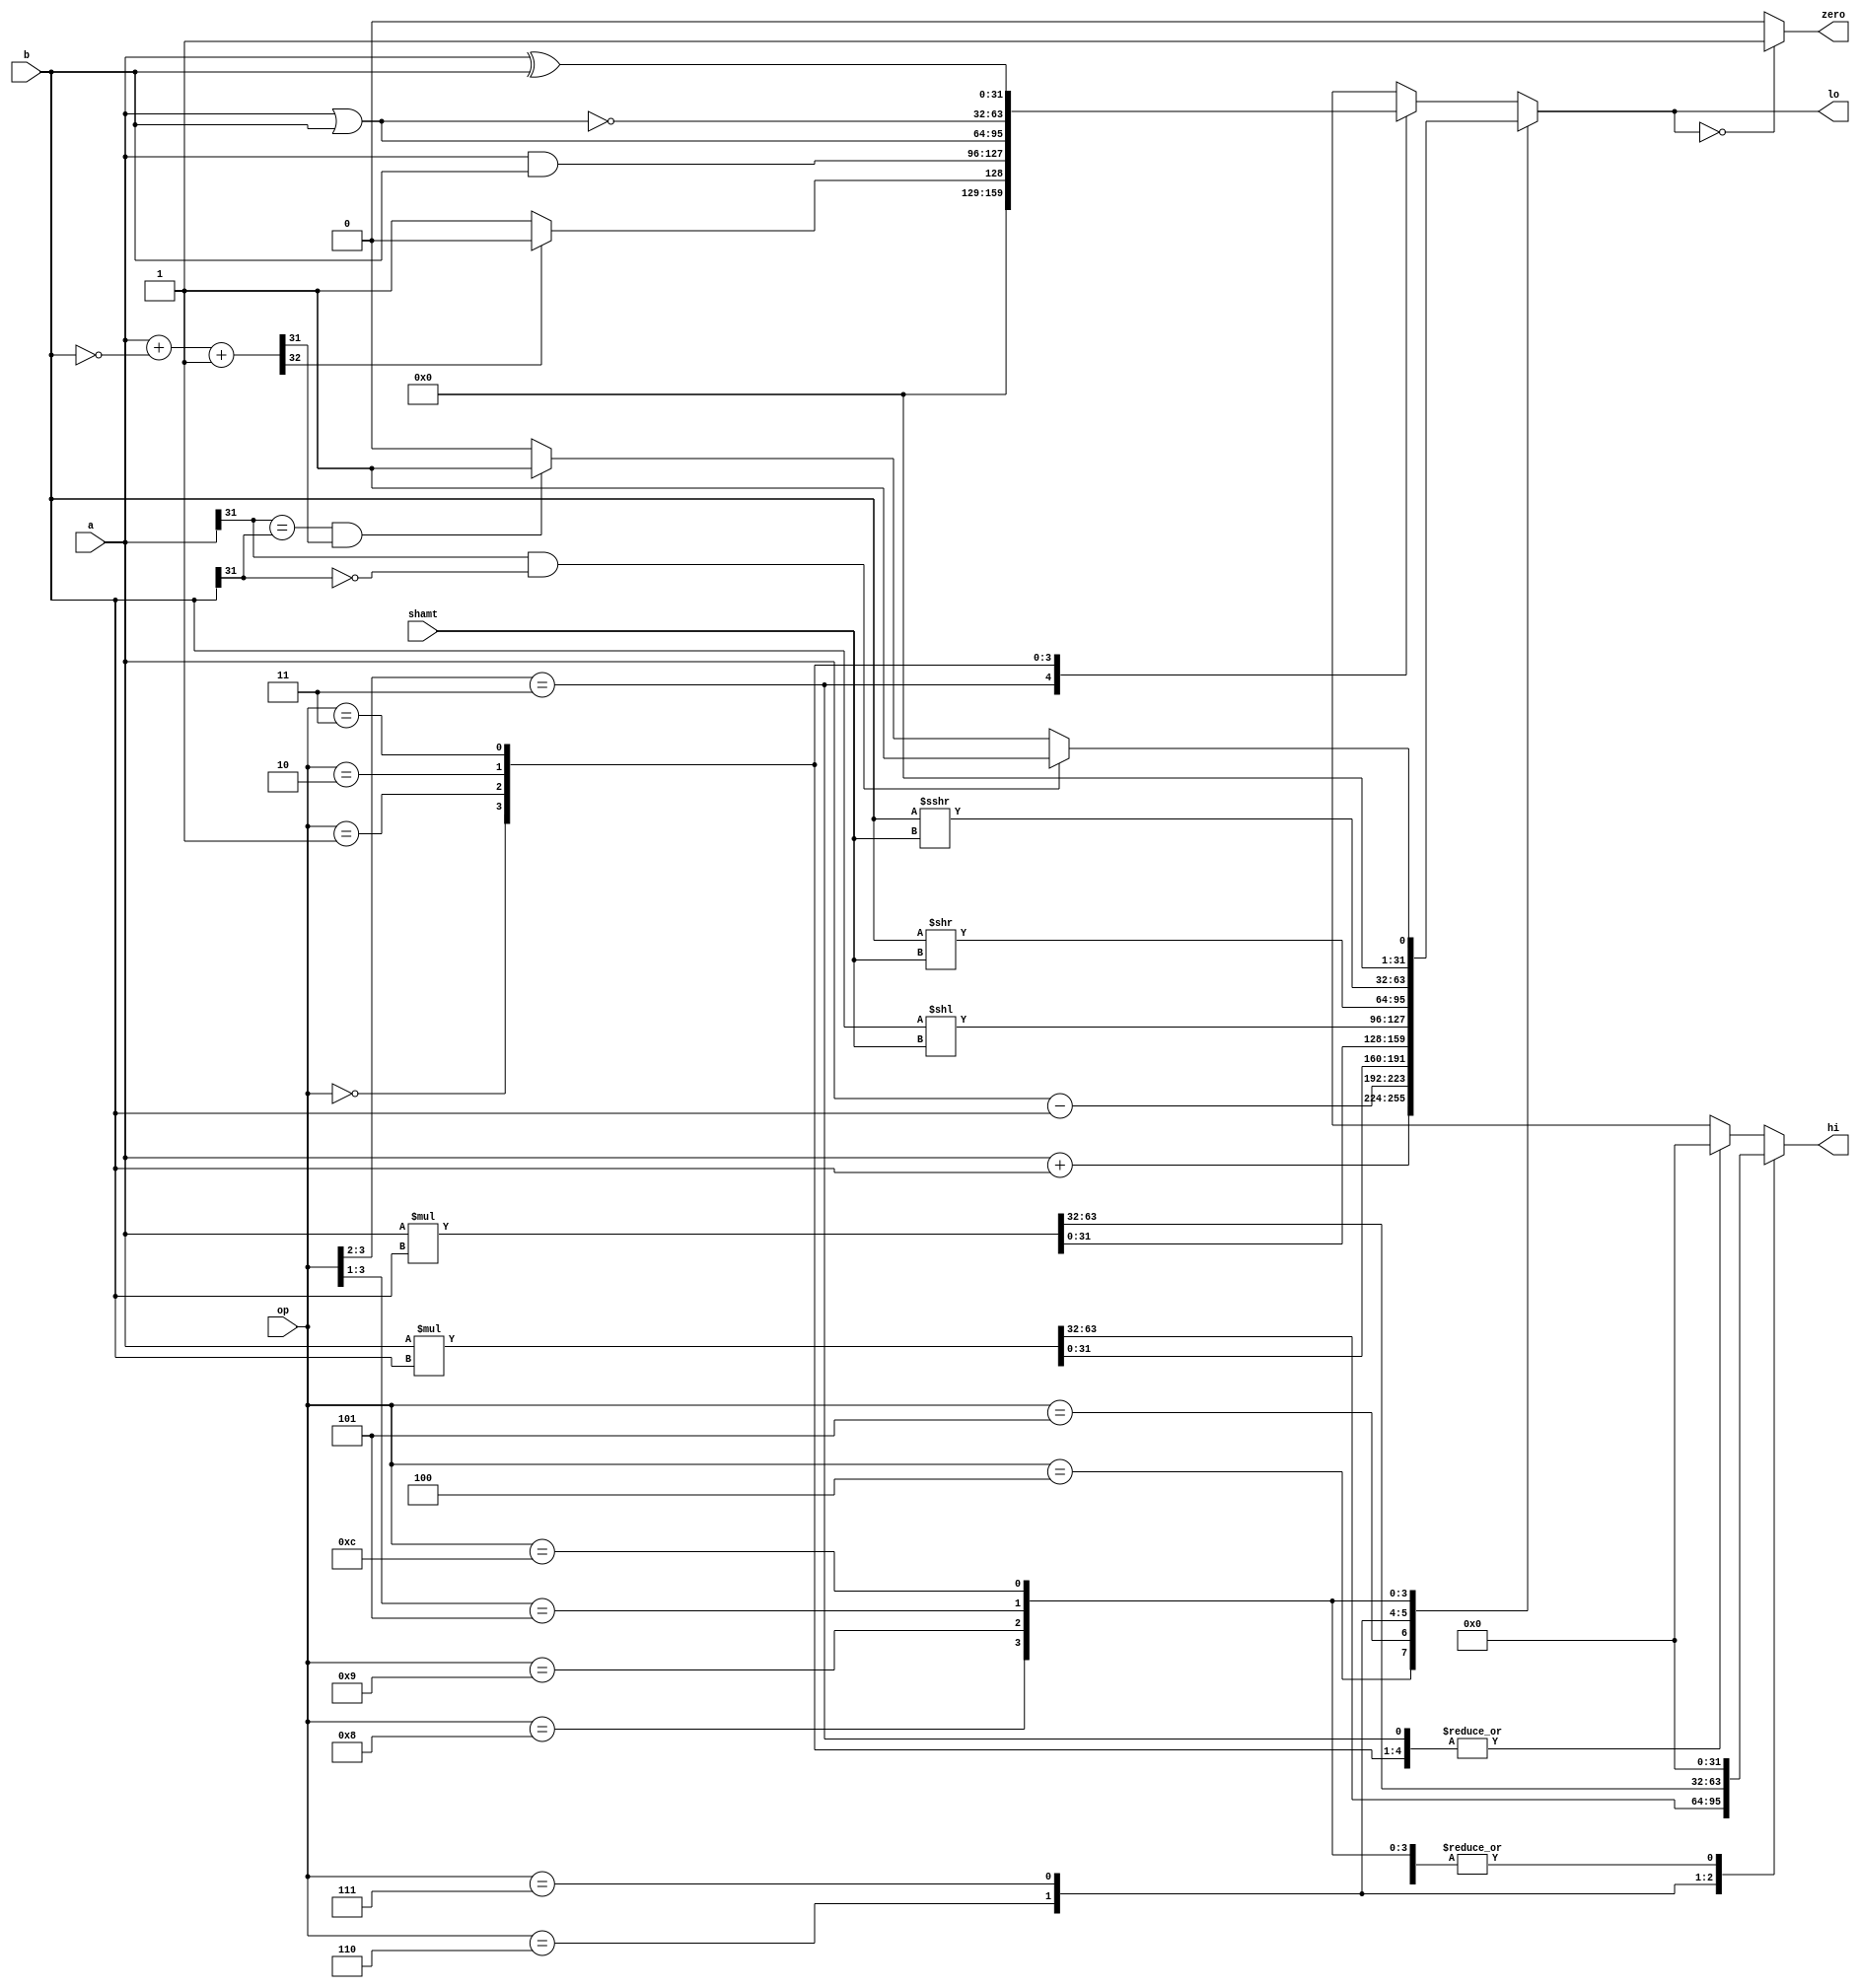
module alu (input 	  [31:0] a,b,
				input 	  [3:0] op,
				input 	  [4:0] shamt,
				output reg [31:0] hi, lo,
				output zero);
	// ~b+32'b1 -> 2's comp
	//wire [32:0] diff = {1'b0,a} + {1'b0,~b+32'b1};
	wire [32:0] diff = {1'b0,a} + {1'b0,~b} + 33'b1;
	
	assign zero = lo == 32'd0 ? 1'b1 : 1'b0;
	
	always @(*) begin
		hi = 32'b0;
		lo = 32'b0;
		
		casez (op)
			// arithemtic operations
			4'b01_00: lo = a+b; // Add
			4'b01_01: lo = a-b; // sub
			
			//mult signed
			4'b01_10: {hi, lo} = $signed(a)*$signed(b);
			
			//mult unsigned
			4'b01_11: {hi, lo} = a*b;
			
			// shifter ops
			4'b10_00: lo = b << shamt; // sll
			4'b10_01: lo = b >> shamt; // srl
			4'b10_1?: lo = $signed(b) >>> shamt; //sra
			
			// comparison ops
			4'b11_00:
				if(a[31] & ~b[31])
					lo = 32'b1; // a neg, b pos
				else
					if(a[31] == b[31] & diff[31])
						// same sign, diff is neg
						lo = 32'b1;
					else lo = 32'b0;
					
			4'b11_??:
				if(~diff[32]) lo = 32'b1; // sltu
				else lo = 32'b0;
			
			// Logical ops
			4'b00_00: lo = a & b; // and
			4'b00_01: lo = a | b; // or
			4'b00_10: lo = ~(a | b); // nor
			4'b00_11: lo = a ^ b; // xor
		endcase
	end // always
endmodule